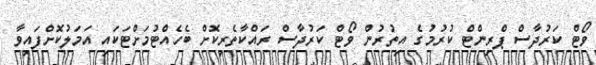
ވޯޓް ކަރުދާސް ޕްރިންޓް ކުރުމުގެ އިތުރުން ވޯޓް ކަރުދާސް ރައްކާތެރިކޮށް ބެހެއްޓުމަށްޓަކައި އަމަލުކޮށްފައިވާ